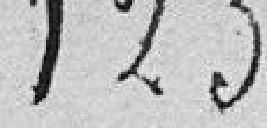
123